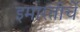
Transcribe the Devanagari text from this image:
इमारतीचें